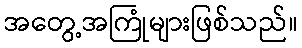
အတွေ့အကြုံများဖြစ်သည်။